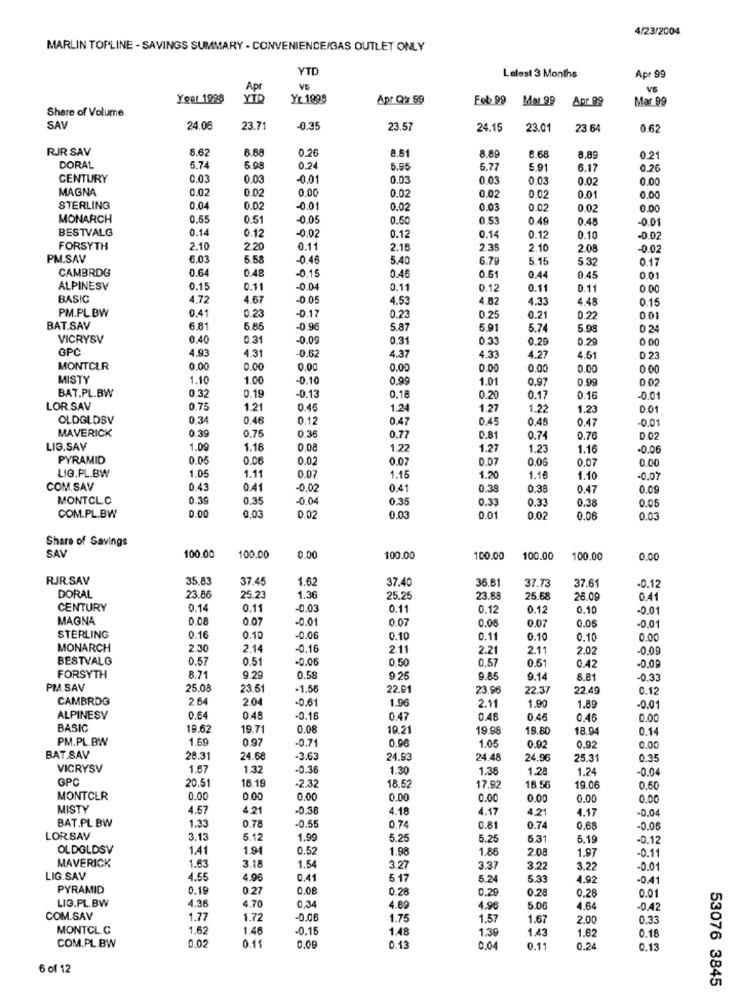
4/23/2004
MARLIN TOPLINE - SAVINGS SUMMARY - CONVENIENCE/GAS OUTLET ONLY
YTD
Lalest 3 Months
Apr 99
Apr
VS
Year 1998
YTP
Yr 1898
Apr Q' S9
Fob 99
Mer 99
Apr 99
Mar 99
Share of Volume
SAV
24.06
23.7
0.35
23.57
24.15
23.01
23 64
0.62
RJR SAV
8.62
6.68
0.26
8.61
8.89
8.68
8,89
0.21
DORAL
5.74
5.00
0.24
5.95
6.77
5.91
6.17
0.26
CENTURY
0.03
0.03
-0.01
0.03
0.03
0.03
0.02
0.00
MAGNA
0.02
0.02
0.00
0.02
0.02
0.02
0.01
0.00
STERLING
0.04
0.02
-0.01
0.02
0.03
0.02
0.02
0.00
MONARCH
0.55
0.51
0.05
0.50
0.53
0.49
0.48
-0.01
BESTVALG
0.14
0.12
-0,02
0.12
0.14
0.12
0.10
-0.07
FORSYTH
2.10
2 20
0.11
2.18
2 35
2.10
2.08
-0.02
PM.SAV
6.03
-0.46
5.40
6.79
5.15
5 32
0.17
CAMBRDG
0.64
0.48
-0.15
0.46
0.51
0.44
0.45
0.01
ALPINESV
0.15
0.11
-0.04
0.11
0.12
0.11
0.11
0.00
BASIC
4,72
4.67
-0.05
4.53
4.62
4.33
4.48
0.15
PM.PL. BW
0.17
0.41
0.23
0.23
0.25
0.21
0.22
0.01
BAT.SAV
6.81
6.85
-0.96
5.87
5.91
5.74
5.98
0 24
VICRYSV
0.40
0.31
-0.09
0.31
0.33
0.29
0.29
0 00
GPC
4.93
4.31
-0.62
4.37
4.33
4.27
4.61
0.23
MONTCLR
0.00
0.00
0.00
0.00
0.00
0.00
0.00
0.00
MISTY
1.10
1.00
0.10
0,99
1.01
0.97
0.99
0 02
BAT.PL.BW
0.18
-0.13
0.32
0.18
0.20
0.17
0.16
00
LOR.SAV
0.75
1.21
0.46
1.24
1.27
1.22
1.23
0.01
OLDGLDSV
0.34
0.46
0.12
0.47
0.45
0.48
0.47
-0.01
MAVERICK
0.39
0.75
0.36
0.77
0.81
0.74
0.76
D 02
LIG.SAV
1.09
1.18
0.08
1.22
1.27
1.23
1.16
-0.06
PYRAMID
0.05
0.06
0.02
0.07
0.07
0.06
0.07
0.00
LIG.PL.BW
1.05
1.11
0.07
1.15
1.20
1.16
1.10
-0.07
COM.SAV
0.43
0.41
-0.02
0.41
0.38
0.38
0.47
0.09
MONTCLC
0.39
0.35
-0.04
0.35
0.33
0.33
0.38
0.05
COM.PL.BW
0.00
0,03
0.02
0.03
0.01
0.02
0.06
0.03
Share of Savings
100.00
SAV
100.00
0.00
100.00
100.00
100.00
100.00
0.00
RJR.SAV
35,83
37.4
1.62
37.40
36.61
37.73
37.61
-0.12
DORAL
23.86
25.2
1.36
25.25
23.89
25.68
26.00
0.41
CENTURY
0.14
0.11
-0.03
0.11
0.12
0.12
0.10
-0.01
MAGNA
0.08
0.07
-0.01
0.07
0.07
0.08
0.05
-0,0
STERLING
0.16
0.10
-0.06
0.10
0.11
0.10
0.10
0.00
MONARCH
2.30
2.14
-0.16
2.11
2.21
2.11
2.02
-0.09
BESTVALG
0.57
0.51
-0.05
0.50
0.57
0.61
0.42
-0.09
FORSYTH
8.71
9.29
0.58
9.25
9.85
9.14
8.81
-0.33
PM SAV
25.08
23.51
-1.55
22.91
23.96
22.37
22.49
0.12
CAMBRDG
2.64
2.04
-0,61
1.96
2.11
1.90
1.89
-0.01
ALPINESV
0.64
0.48
-0.16
0.47
0.48
0.46
0.46
0.00
BASIC
19.62
19.71
0.08
19.21
19.98
18.80
18.94
0.14
PM.PL.BW
1.69
0.97
-0.71
0.96
1.05
0.92
0.92
0.00
BAT.SAV
28.31
24.68
-3.63
24.93
24.48
24.96
25.31
0.35
VICRYSV
1.67
1.32
-0.36
1.30
1.38
1.28
1.24
-0.04
GPC
20.51
18.19
.2.32
18.52
17.92
18.56
19.06
0.50
MONTCLR
0.00
0.00
0.00
0.00
0.00
0.00
0.00
0.00
MISTY
4.57
4.21
-0.38
4.18
4.17
4.21
4.17
BAT.PL BW
1.33
-0.04
0.78
-0.55
0.74
0.81
0.74
0.68
-0.05
LOR.SAV
3.13
5.12
1.99
5.25
5.25
6.31
5.19
-0.1
OLDGLDSV
1.41
1.94
0.52
1.98
1.86
2.08
1.97
MAVERICK
-0.11
1.63
3.18
1.54
3.2
3.37
3.22
3.22
-0.01
LIG.SAV
4.55
4.96
0.41
5.17
5.24
5.33
4.92
-0.A
PYRAMID
0.19
0.27
0.08
0.28
0.29
0.28
0.01
4.36
0.28
LIG.PL.BW
4.70
0.34
4.89
4.96
5.06
4.64
-0.4
COM.SAV
1.77
1.72
-0.06
1.75
1.57
1.67
2.00
0,33
MONTCL.C
1.62
1.46
-0.15
1.48
1.39
1.43
1.62
0.18
0.11
0.15
COM.PL BW
0.02
0.09
0.04
0.11
0.24
0.13
6 of 12
53076 3845